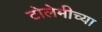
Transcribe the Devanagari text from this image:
टोलेमीच्या